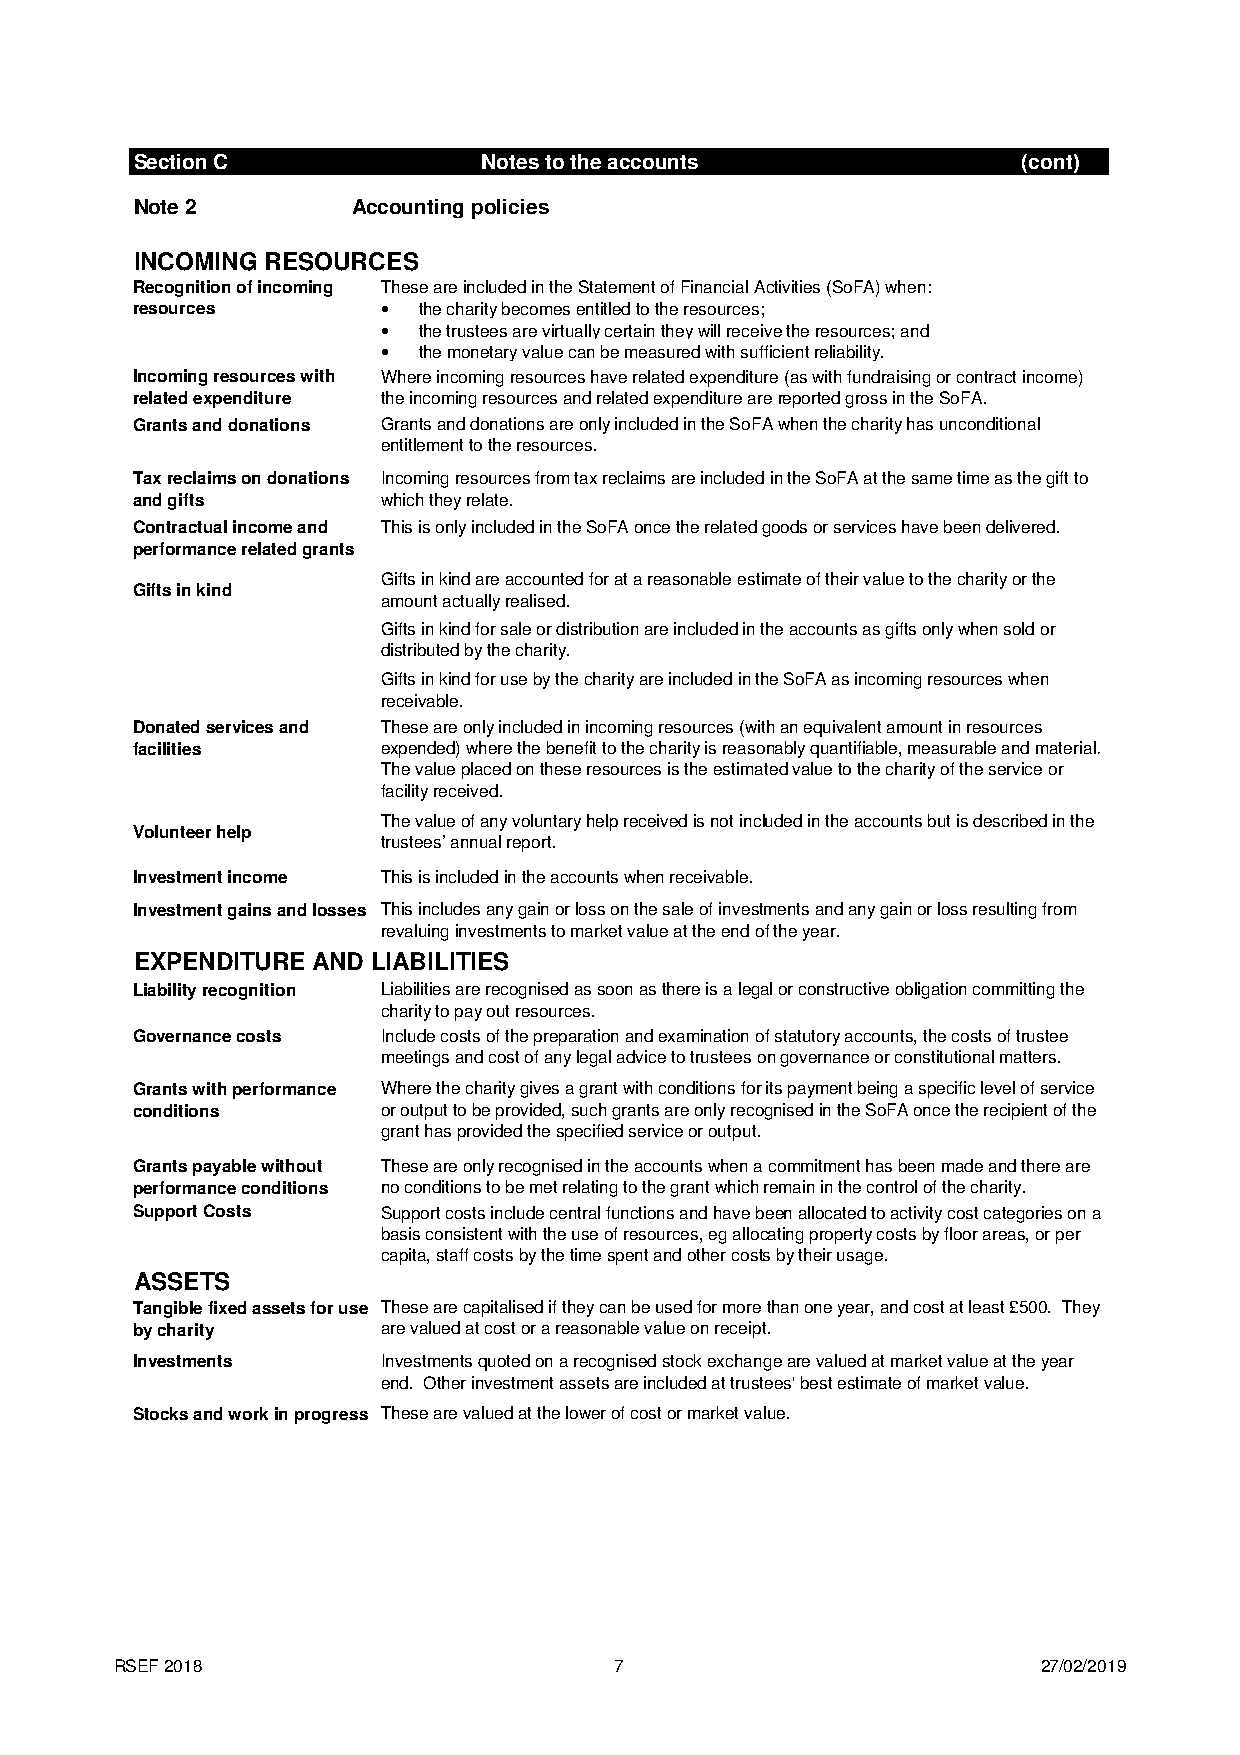
Section C              Notes to the accounts               (cont)
 Note 2        Accounting policies
 INCOMING RESOURCES
 Recognition of incoming These are included in the Statement of Financial Activities (SoFA) when:
 resources       •  the charity becomes entitled to the resources;
 •  the trustees are virtually certain they will receive the resources; and
 •  the monetary value can be measured with sufficient reliability.
 Incoming resources with Where incoming resources have related expenditure (as with fundraising or contract income)
 related expenditure the incoming resources and related expenditure are reported gross in the SoFA.
 Grants and donations Grants and donations are only included in the SoFA when the charity has unconditional
 entitlement to the resources.
 Tax reclaims on donations Incoming resources from tax reclaims are included in the SoFA at the same time as the gift to
 and gifts       which they relate.
 Contractual income and This is only included in the SoFA once the related goods or services have been delivered.
 performance related grants
 Gifts in kind are accounted for at a reasonable estimate of their value to the charity or the
 Gifts in kind
 amount actually realised.
 Gifts in kind for sale or distribution are included in the accounts as gifts only when sold or
 distributed by the charity.
 Gifts in kind for use by the charity are included in the SoFA as incoming resources when
 receivable.
 Donated services and These are only included in incoming resources (with an equivalent amount in resources
 facilities      expended) where the benefit to the charity is reasonably quantifiable, measurable and material.
 The value placed on these resources is the estimated value to the charity of the service or
 facility received.
 The value of any voluntary help received is not included in the accounts but is described in the
 Volunteer help
 trustees’ annual report.
 Investment income This is included in the accounts when receivable.
 Investment gains and losses This includes any gain or loss on the sale of investments and any gain or loss resulting from
 revaluing investments to market value at the end of the year.
 EXPENDITURE AND LIABILITIES
 Liability recognition Liabilities are recognised as soon as there is a legal or constructive obligation committing the
 charity to pay out resources.
 Governance costs Include costs of the preparation and examination of statutory accounts, the costs of trustee
 meetings and cost of any legal advice to trustees on governance or constitutional matters.
 Grants with performance Where the charity gives a grant with conditions for its payment being a specific level of service
 conditions      or output to be provided, such grants are only recognised in the SoFA once the recipient of the
 grant has provided the specified service or output.
 Grants payable without These are only recognised in the accounts when a commitment has been made and there are
 performance conditions no conditions to be met relating to the grant which remain in the control of the charity.
 Support Costs   Support costs include central functions and have been allocated to activity cost categories on a
 basis consistent with the use of resources, eg allocating property costs by floor areas, or per
 capita, staff costs by the time spent and other costs by their usage.
 ASSETS
 Tangible fixed assets for use These are capitalised if they can be used for more than one year, and cost at least £500. They
 by charity      are valued at cost or a reasonable value on receipt.
 Investments     Investments quoted on a recognised stock exchange are valued at market value at the year
 end. Other investment assets are included at trustees' best estimate of market value.
 Stocks and work in progress These are valued at the lower of cost or market value.
 RSEF 2018                        7                           27/02/2019